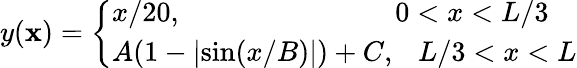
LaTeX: y(\mathbf{x})=\left\{ \begin{array}{ll}{x/20,~~~~~~~~~~~~~~~~~~~~~~~~~~~~~~0<x<L/3}\\ {A(1-\lvert\sin(x/B)\rvert)+C,~~~L/3<x<L}\end{array}\right.